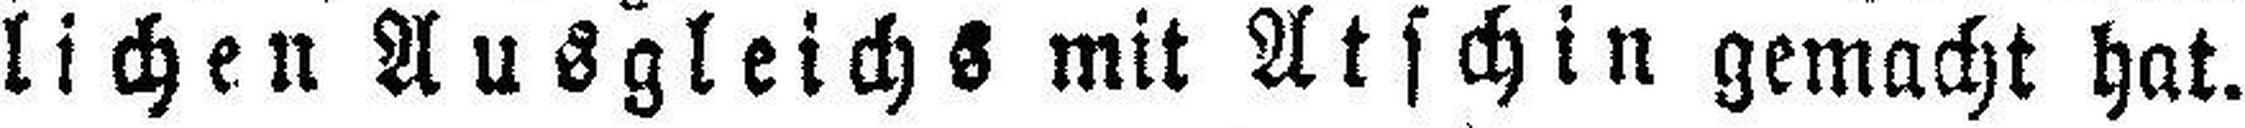
lichen Ausgleichs mit Atschin gemacht hat.